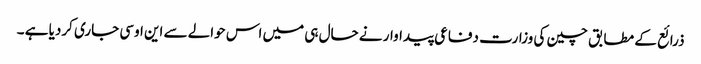
ذرائع کے مطابق چین کی وزارت دفاعی پیداوار نے حال ہی میں اس حوالے سے این اوسی جاری کردیا ہے ۔